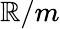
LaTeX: \mathbb{R}/m